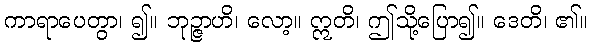
ကာရာပေတွာ၊ ၍။ ဘုဉ္ဇာဟိ၊ လော့။ ဣတိ၊ ဤသို့ပြော၍။ ဒေတိ၊ ၏။